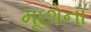
મૂછોના